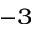
^ { - 3 }